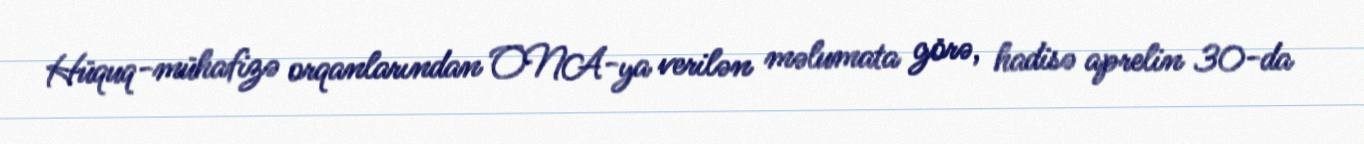
Hüquq-mühafizə orqanlarından ONA-ya verilən məlumata görə, hadisə aprelin 30-da